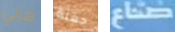
هزلي حفنة صناع